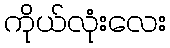
ကိုယ်လုံးလေး